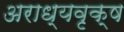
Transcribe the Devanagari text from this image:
अराध्यवृक्ष